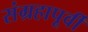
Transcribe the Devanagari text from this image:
संग्रहापूर्वी